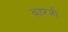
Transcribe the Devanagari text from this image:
बहरजी